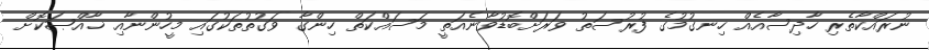
ނުރައްކާތެރި ހާދިސާއެއް ހިނގުމުގެ ފުރުސަތު ވަރަށްބޮޑުވާނެއަތީ މަސައްކަތް ހިންގާ ވަގުތުތަކުގައި މީހުންނާއި ޚާއްޞަކޮށް